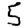
Digit: 5